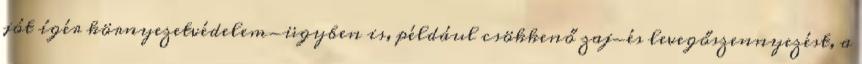
jót ígér környezetvédelem-ügyben is, például csökkenő zaj-és levegőszennyezést, a